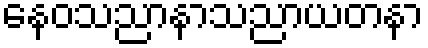
နေဝသညာနာသညာယတနာ